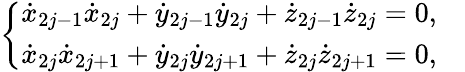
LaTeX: \left\{ \begin{array}{ll}{{\dot{x}}_{2j-1}{\dot{x}}_{2j}+{\dot{y}}_{2j-1}{\dot{y}}_{2j}+{\dot{z}}_{2j-1}{\dot{z}}_{2j}=0,}&{}\\ {{\dot{x}}_{2j}{\dot{x}}_{2j+1}+{\dot{y}}_{2j}{\dot{y}}_{2j+1}+{\dot{z}}_{2j}{\dot{z}}_{2j+1}=0,}\end{array}\right.